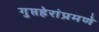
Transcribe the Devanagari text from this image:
गुप्तहेरांप्रमणे